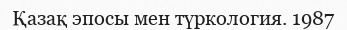
Қазақ эпосы мен түркология. 1987